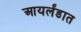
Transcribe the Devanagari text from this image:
आयर्लंडात